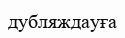
дубляждауға